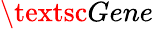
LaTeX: \textsc{Gene}